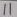
Text: 11